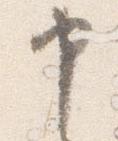
申